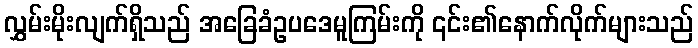
လွှမ်းမိုးလျက်ရှိသည် အခြေခံဥပဒေမူကြမ်းကို ၎င်း၏နောက်လိုက်များသည်